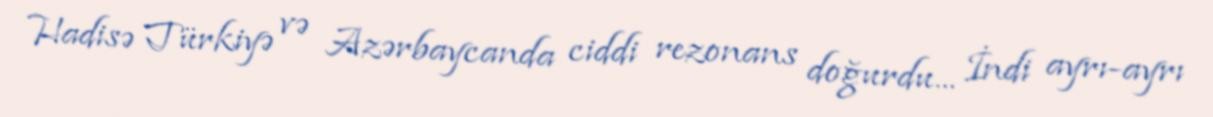
Hadisə Türkiyə və Azərbaycanda ciddi rezonans doğurdu... İndi ayrı-ayrı